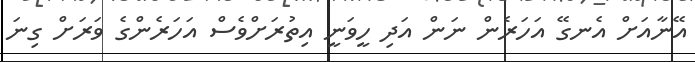
އޭނާއަށް އެނގޭ އަހަރެން ނަން އަދި ހީވަނީ އިތުރަށްވެސް އަހަރެންގެ ވަރަށް ގިނަ